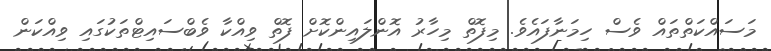
މަސައްކަތްތައް ވެސް ހިމަނާފައެވެ. މިފޮތް މިހާރު އޮންލައިންކޮށް ފޮތް ވިއްކާ ވެބްސައިޓްތަކުގައި ވިއްކަން